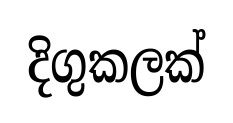
දිගුකලක්